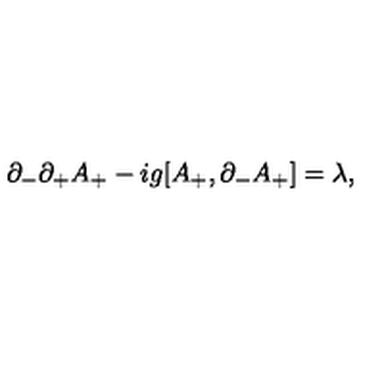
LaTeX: \partial _ { - } \partial _ { + } A _ { + } - i g [ A _ { + } , \partial _ { - } A _ { + } ] = \lambda ,